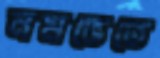
নমভেতে